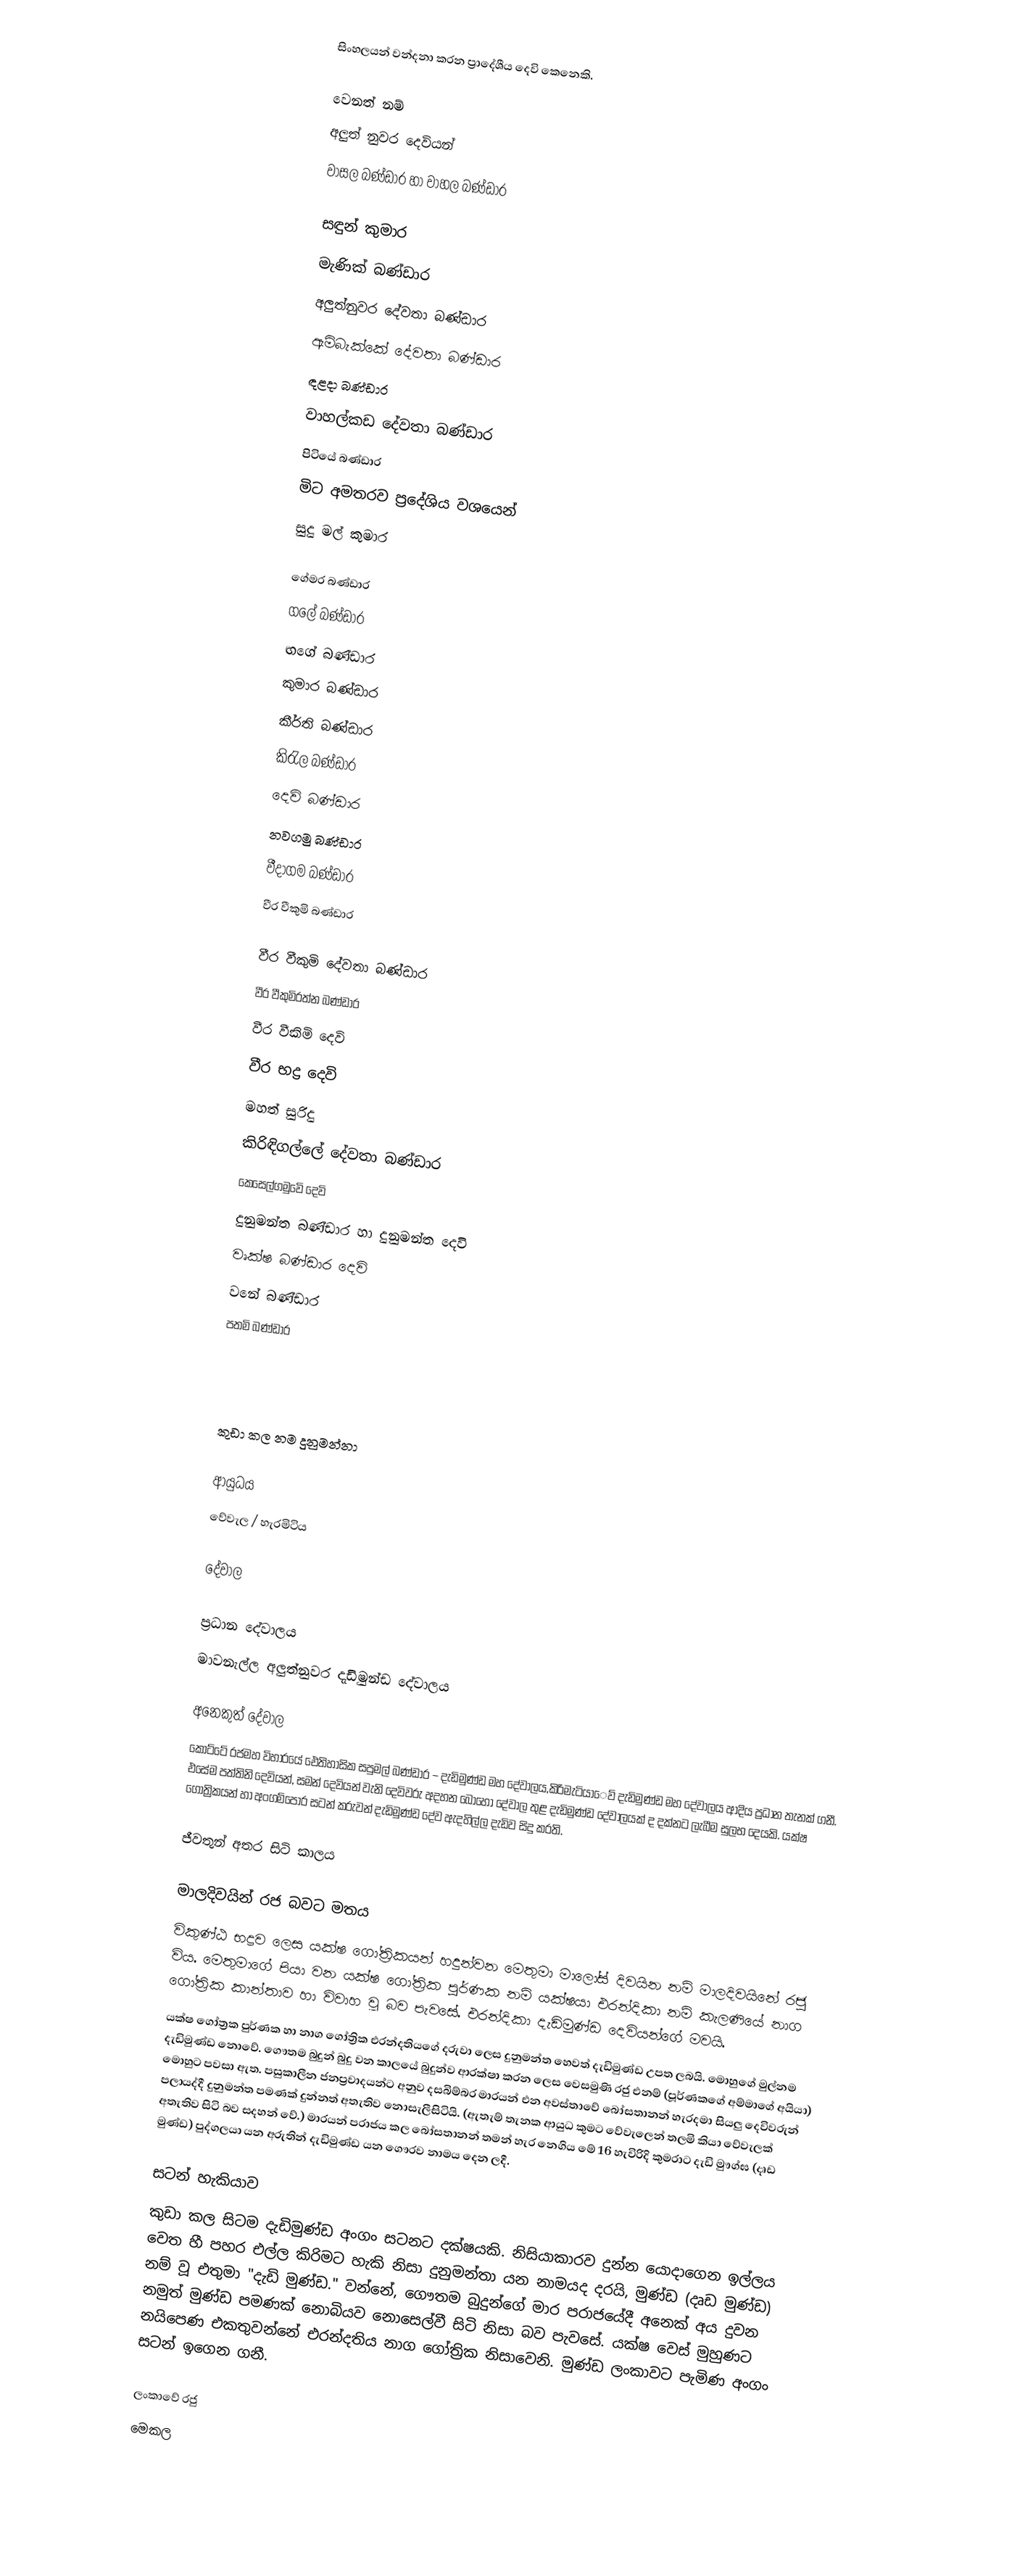
සිංහලයන් වන්දනා කරන ප්‍රාදේශීය දෙවි කෙනෙකි.

වෙනත් නම්
 අලුත් නුවර දෙවියන්
 වාසල බණ්ඩාර හා  වාහල බණ්ඩාර

 සඳුන් කුමාර
 මැණික් බණ්ඩාර
 අලුත්නුවර දේවතා බණ්ඩාර
 ඇමිබැක්⁣කේ දේවතා බණ්ඩාර
 ඳළදා බණ්ඩාර
 වාහල්කඩ දේවතා බණ්ඩාර
 පිටියේ බණ්ඩාර
 මිට අමතරව ප්‍රදේශිය වශයෙන්
 සුදු මල් කුමාර

 ගේමර බණ්ඩාර
 ගලේ බණ්ඩාර
 ඟගේ බණ්ඩාර
 කුමාර බණ්ඩාර
 කීර්ති බණ්ඩාර
 කිරැල බණ්ඩාර
 දෙවි බණ්ඩාර
 නවගමු බණ්ඩාර
 වීදාගම බණ්ඩාර
 වීර වීකුමි බණ්ඩාර

 වීර වීකුමි දේවතා බණ්ඩාර
 වීර වීකුමිරත්න බණ්ඩාර
 වීර වීකිමි දෙවි
 වීර භද්‍ර දෙවි
 මහත් සුරිදු
 කිරිඳිගල්ලේ දේවතා බණ්ඩාර
 කෙ⁣⁣සෙල්ගමුවෙි දෙවි⁣
 දුනුමන්ත බණ්ඩාර හා දුනුමන්ත දෙවි
 වෘක්ෂ බණ්ඩාර දෙවි
 වනේ බණ්ඩාර
 පතමි බණ්ඩාර

 කුඩා කල නම දුනුමන්නා

ආයුධය
වේවැල / හැරමිටිය

දේවාල

ප්‍රධාන දේවාලය
මාවනැල්ල අලුත්නුවර දැඩිමුන්ඩ දේවාලය

අනෙකුත් දේවාල
කෝට්ටේ රජමහ විහාරයේ ඓතිහාසික සපුමල් බණ්ඩාර – දැඩිමුණ්ඩ මහ දේවාලය,කිරිමැටියාෙව් දැඩිමුණ්ඩ මහ දේවාලය ආදිය ප්‍රධාන තැනක් ගනී. එසේම පත්තිනි දෙවියන්, සමන් දෙවියන් වැනි දෙවිවරු අදහන බොහෝ දේවාල තුළ දැඩිමුණ්ඩ දේවාලයක් ද දක්නට ලැබීම සුලභ දෙයකි. යක්ෂ ගෝත්‍රිකයන් හා අංගම්පොර සටන් කරුවන් දැඩිමුණ්ඩ දේව ඇදහිල්ල දැඩිව සිදු කරති.

ජීවතුන් අතර සිටි කාලය

මාලදිවයින් රජ බවට මතය
විකුණ්ඨ භද්‍රව ලෙස යක්ෂ ගෝත්‍රිකයන් හදුන්වන මෙතුමා මාලෝස් දිවයින නම් මාලදිවයිනේ රජු විය. මෙතුමාගේ පියා වන යක්ෂ ගෝත්‍රික පුර්ණක නම් යක්ෂයා ‍එරන්දිකා නම් කැලණියේ නාග ගෝත්‍රික කාන්තාව හා විවාහ වූ බව පැවසේ. එරන්දිකා දැඩිමුණ්ඩ දෙවියන්‍‍ගේ මවයි.
යක්ෂ ගෝත්‍රක පුර්ණක හා නාග ගෝත්‍රික එරන්දතියගේ දරුවා ලෙස දුනුමන්ත හෙවත් දැඩිමුණ්ඩ උපත ලබයි. මොහුගේ මුල්නම දැඩිමුණ්ඩ නොවේ. ගෞතම බුදුන් බුදු වන කාලයේ බුදුන්ව ආරක්ෂා කරන ලෙස වෙසමුණි රජු එනම් (පූර්ණකගේ අම්මාගේ අයියා) මොහුට පවසා ඇත. පසුකාලීන ජනප්‍රවාදයන්ට අනුව දසබිම්බර මාරයන් එන අවස්තාවේ බෝසතානන් හැරදමා සියලු දෙවිවරුන් පලායද්දී දුනුමන්ත පමණක් දුන්නත් අතැතිව නොසැලීසිටියි. (ඇතැම් තැනක ආයුධ කුමට වේවැලෙන් තලමි කියා වේවැලක් අතැතිව සිටි බව සදහන් වේ.) මාරයන් පරාජය කල බෝසතානන් තමන් හැර නෙගිය මේ 16 හැවිරිදි කුමරාට දැඩි මුෟග්ඝ (දෘඩ මුණ්ඩ) පුද්ගලයා  යන අරුතින් දැඩිමුණ්ඩ යන ගෞරව නාමය දෙන ලදී.

සටන් හැකියාව
කුඩා කල සිටම දැඩිමුණ්ඩ අංගං සටනට දක්ෂයකි. නිසියාකාරව දුන්න යොදාගෙන ඉල්ලය වෙත හී පහර එල්ල කිරිමට හැකි නිසා දුනුමන්තා යන නාමයද  දරයි, මුණ්ඩ (දෘඩ මුණ්ඩ) නම් වූ එතුමා "දැඩි මුණ්ඩ." වන්නේ, ගෞතම බුදුන්ගේ මාර පරාජයේදී අනෙක් අය දුවන නමුත් මුණ්ඩ පමණක්  නොබියව නොසෙල්වී සිටි නිසා  බව පැවසේ.  යක්ෂ වෙස් මුහුණට නයිපෙණ එකතුවන්නේ එරන්දතිය නාග ගෝත්‍රික නිසාවෙනි. මුණ්ඩ ලංකාවට පැමිණ අංගං සටන් ඉගෙන ගනී.

ලංකාවේ රජු
මෙකල